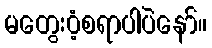
မတွေး၀ံ့စရာပါပဲနော်။